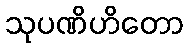
သုပဏိဟိတော